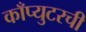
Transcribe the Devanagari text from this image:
काँप्युटरची